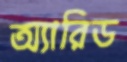
অ্যারিড